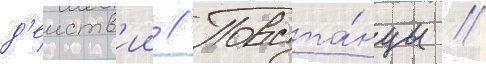
д'еиств'ии // Повста́нцы //